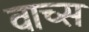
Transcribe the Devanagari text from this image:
वाच्स